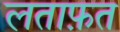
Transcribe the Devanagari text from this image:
लताफ़त